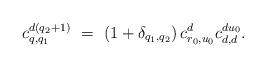
LaTeX: \begin{align*}c_{q,q_1}^{d(q_2+1)} ~=~ (1+\delta_{q_1,q_2}){\,}c_{r_0,u_0}^dc_{d,d}^{du_0}.\end{align*}